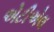
એટીએલ